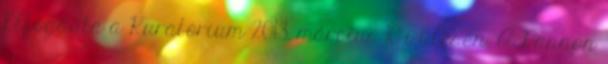
Elfogadta a Kuratórium 2013. március 10-i ülésén. A Pannon